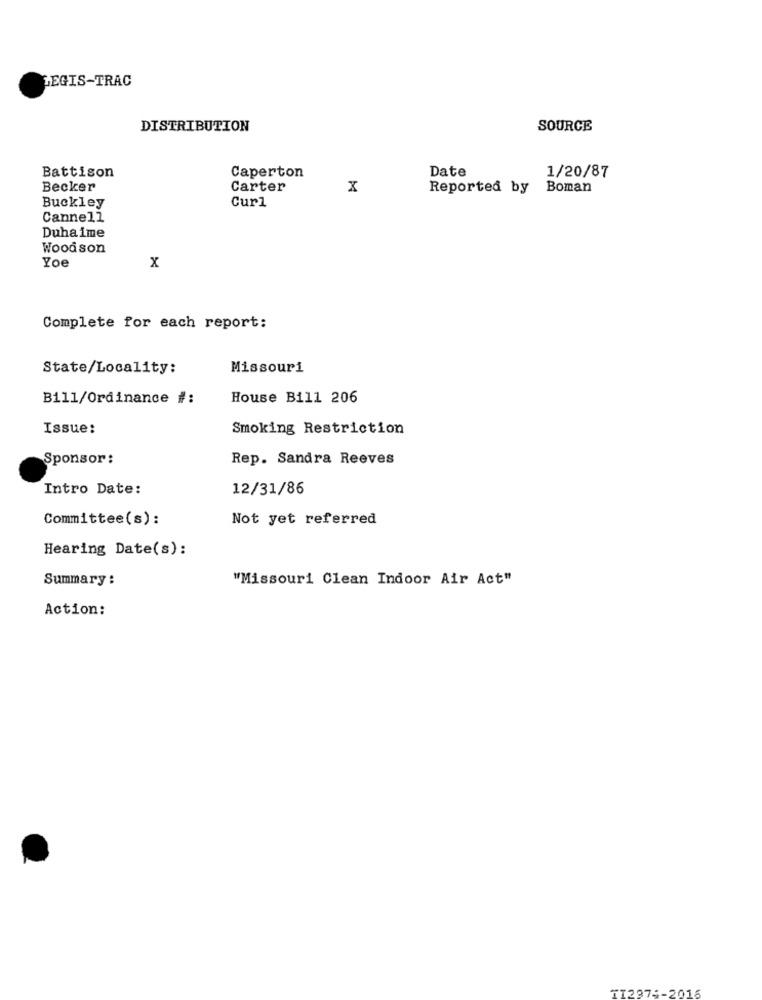
LEGIS-TRAC
DISTRIBUTION
SOURCE
Battison
Date
Caperton
1/20/87
Becker
Carter
x
Reported by
Boman
Buckley
Curl
Cannell
Duhaime
Woodson
Yoe
x
Complete for each report:
State/Locality:
Missouri
Bill/Ordinance #:
House Bil1 206
Issue:
Smoking Restriction
Sponsor:
Rep. Sandra Reeves
Intro Date:
12/31/86
Committee(s):
Not yet referred
Hearing Date(s):
Summary :
"Missouri Clean Indoor Air Act"
Action:
TI2874-2015